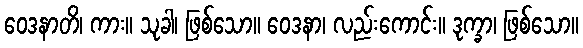
ဝေဒနာတိ၊ ကား။ သုခါ၊ ဖြစ်သော။ ဝေဒနာ၊ လည်းကောင်း။ ဒုက္ခာ၊ ဖြစ်သော။